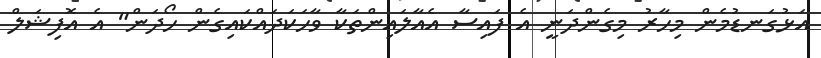
އަޅުގަނޑުމެން މިހާރު މިގެންދަނީ އެ ފައިސާ އެއާލައިންތަކާ ވާހަކަދައްކައިގެން ހޯދަން" އެ އޮފިޝަލް